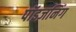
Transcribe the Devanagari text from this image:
पॉइज़निंग